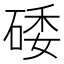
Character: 𥓔